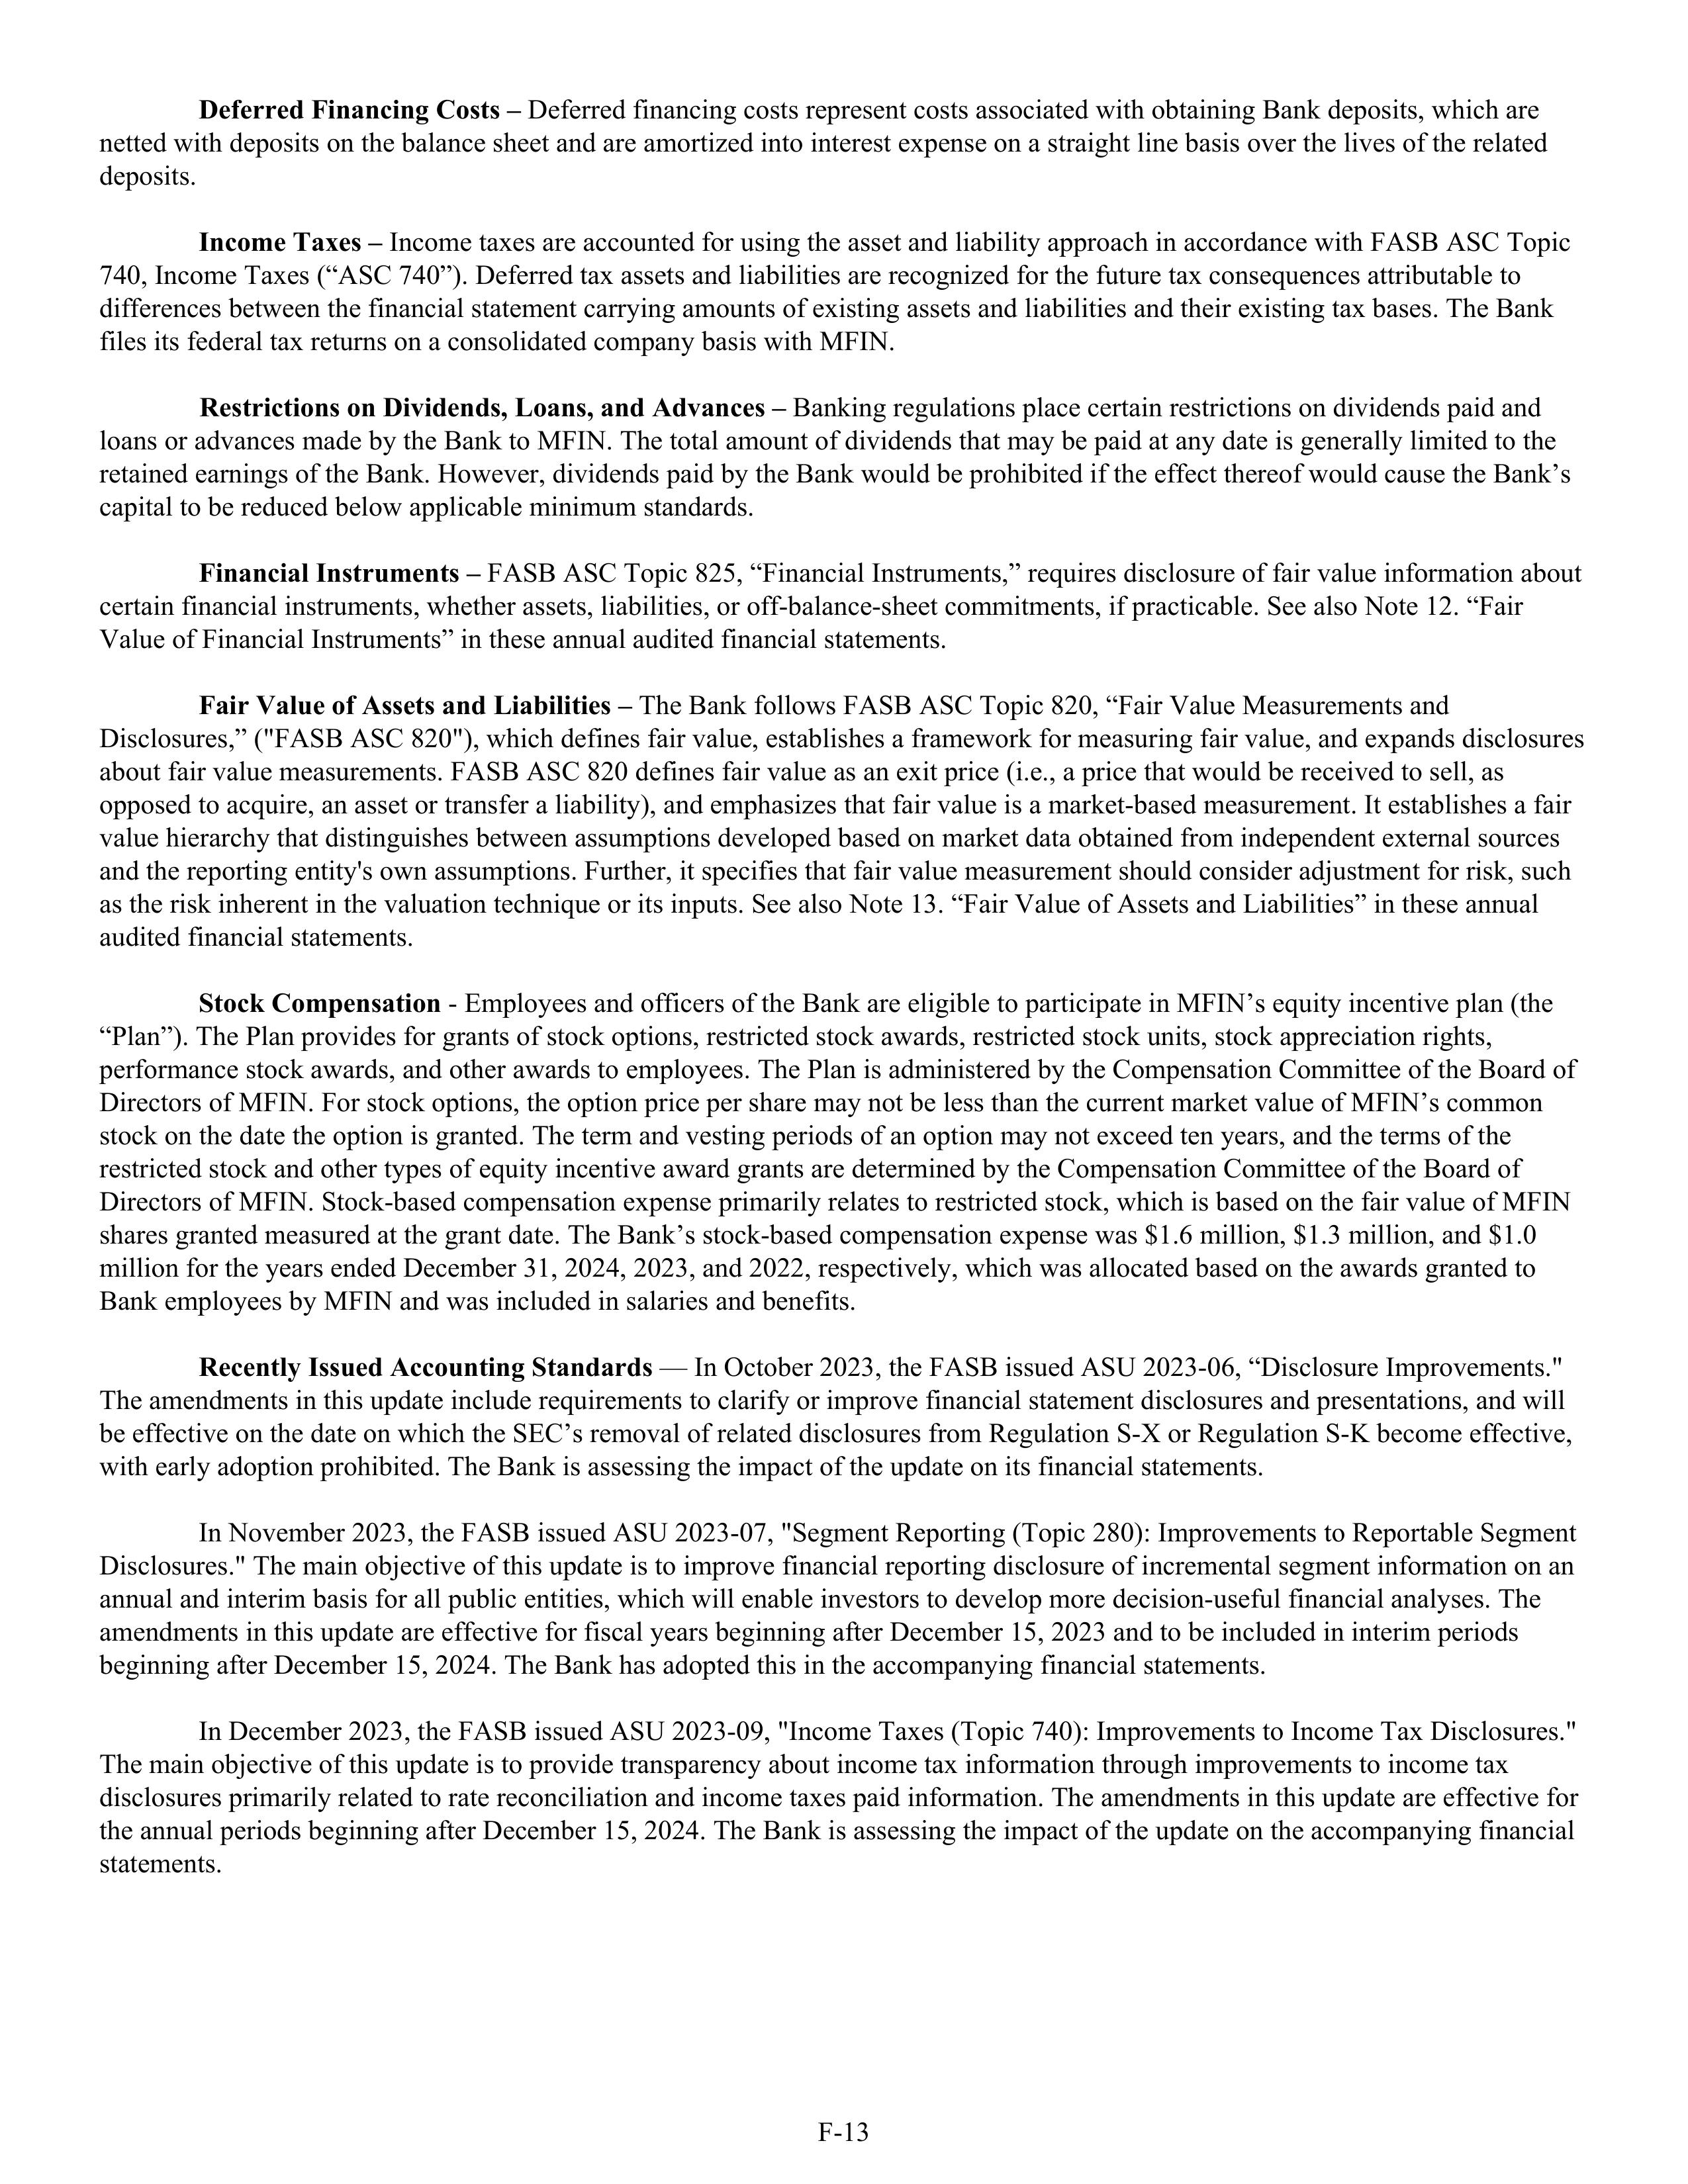
Deferred Financing Costs – Deferred financing costs represent costs associated with obtaining Bank deposits, which are
netted with deposits on the balance sheet and are amortized into interest expense on a straight line basis over the lives of the related
deposits.

Income Taxes – Income taxes are accounted for using the asset and liability approach in accordance with FASB ASC Topic
740, Income Taxes ("ASC 740"). Deferred tax assets and liabilities are recognized for the future tax consequences attributable to
differences between the financial statement carrying amounts of existing assets and liabilities and their existing tax bases. The Bank
files its federal tax returns on a consolidated company basis with MFIN.

Restrictions on Dividends, Loans, and Advances – Banking regulations place certain restrictions on dividends paid and
loans or advances made by the Bank to MFIN. The total amount of dividends that may be paid at any date is generally limited to the
retained earnings of the Bank. However, dividends paid by the Bank would be prohibited if the effect thereof would cause the Bank's
capital to be reduced below applicable minimum standards.

Financial Instruments – FASB ASC Topic 825, "Financial Instruments," requires disclosure of fair value information about
certain financial instruments, whether assets, liabilities, or off-balance-sheet commitments, if practicable. See also Note 12. "Fair
Value of Financial Instruments" in these annual audited financial statements.

Fair Value of Assets and Liabilities – The Bank follows FASB ASC Topic 820, "Fair Value Measurements and
Disclosures," ("FASB ASC 820"), which defines fair value, establishes a framework for measuring fair value, and expands disclosures
about fair value measurements. FASB ASC 820 defines fair value as an exit price (i.e., a price that would be received to sell, as
opposed to acquire, an asset or transfer a liability), and emphasizes that fair value is a market-based measurement. It establishes a fair
value hierarchy that distinguishes between assumptions developed based on market data obtained from independent external sources
and the reporting entity's own assumptions. Further, it specifies that fair value measurement should consider adjustment for risk, such
as the risk inherent in the valuation technique or its inputs. See also Note 13. "Fair Value of Assets and Liabilities" in these annual
audited financial statements.

Stock Compensation - Employees and officers of the Bank are eligible to participate in MFIN's equity incentive plan (the
"Plan"). The Plan provides for grants of stock options, restricted stock awards, restricted stock units, stock appreciation rights,
performance stock awards, and other awards to employees. The Plan is administered by the Compensation Committee of the Board of
Directors of MFIN. For stock options, the option price per share may not be less than the current market value of MFIN's common
stock on the date the option is granted. The term and vesting periods of an option may not exceed ten years, and the terms of the
restricted stock and other types of equity incentive award grants are determined by the Compensation Committee of the Board of
Directors of MFIN. Stock-based compensation expense primarily relates to restricted stock, which is based on the fair value of MFIN
shares granted measured at the grant date. The Bank's stock-based compensation expense was $1.6 million, $1.3 million, and $1.0
million for the years ended December 31, 2024, 2023, and 2022, respectively, which was allocated based on the awards granted to
Bank employees by MFIN and was included in salaries and benefits.

Recently Issued Accounting Standards — In October 2023, the FASB issued ASU 2023-06, "Disclosure Improvements."
The amendments in this update include requirements to clarify or improve financial statement disclosures and presentations, and will
be effective on the date on which the SEC's removal of related disclosures from Regulation S-X or Regulation S-K become effective,
with early adoption prohibited. The Bank is assessing the impact of the update on its financial statements.

In November 2023, the FASB issued ASU 2023-07, "Segment Reporting (Topic 280): Improvements to Reportable Segment
Disclosures." The main objective of this update is to improve financial reporting disclosure of incremental segment information on an
annual and interim basis for all public entities, which will enable investors to develop more decision-useful financial analyses. The
amendments in this update are effective for fiscal years beginning after December 15, 2023 and to be included in interim periods
beginning after December 15, 2024. The Bank has adopted this in the accompanying financial statements.

In December 2023, the FASB issued ASU 2023-09, "Income Taxes (Topic 740): Improvements to Income Tax Disclosures."
The main objective of this update is to provide transparency about income tax information through improvements to income tax
disclosures primarily related to rate reconciliation and income taxes paid information. The amendments in this update are effective for
the annual periods beginning after December 15, 2024. The Bank is assessing the impact of the update on the accompanying financial
statements.

F-13